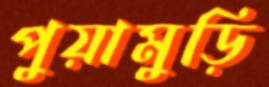
পুয়ামুড়ি